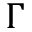
\Gamma